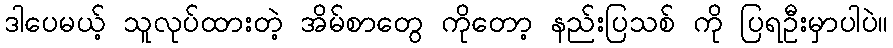
ဒါပေမယ့် သူလုပ်ထားတဲ့ အိမ်စာတွေ ကိုတော့ နည်းပြသစ် ကို ပြရဦးမှာပါပဲ။